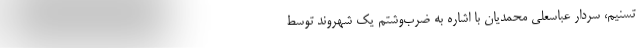
تسنیم، سردار عباسعلی محمدیان با اشاره به ضرب‌وشتم یک شهروند توسط